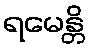
ရမေန္တိ